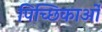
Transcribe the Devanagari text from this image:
पिच्छिकाओं